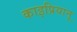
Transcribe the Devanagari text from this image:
काइप्रियानू